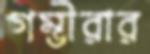
গম্ভীরার